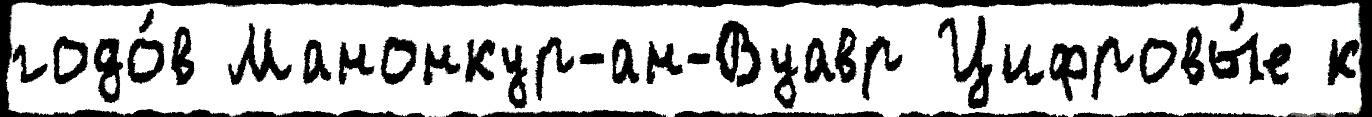
годо́в Манонкур-ан-Вуавр Цифровы́е к